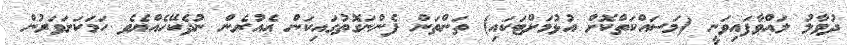
ދުވާލު ލައްވާފައިވަނީ (މަސައްކަތްކޮށް އުޅުމަށްޓަކައި) ތަންތަން ފެންނަގޮތުގައިކަން އެއުރެން ނުދެކޭހެއްޔެވެ ހަމަކަށަވަރުން